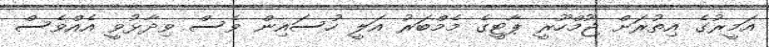
އަމީރުގެ އިތުރަށް ޖުމްހޫރީ ޕާޓީގެ މެމްބަރު އަލީ ހުސައިން ވެސް ވިދާޅުވީ އެއްވެސް